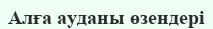
Алға ауданы өзендері